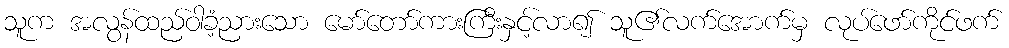
သူက အလွန်ထည်ဝါခံ့ညားသော မော်တော်ကားကြီးနှင့်လာ၍ သူ၏လက်အောက်မှ လုပ်ဖော်ကိုင်ဖက်